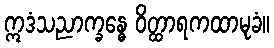
ဣဒံသညာက္ခန္ဓေ ဝိတ္ထာရကထာမုခံ။